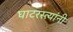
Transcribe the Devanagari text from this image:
घाटरस्त्यांनी